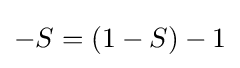
{\textstyle -S=(1-S)-1}